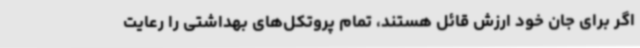
اگر برای جان خود ارزش قائل هستند، تمام پروتکل‌های بهداشتی را رعایت